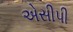
એસીપી